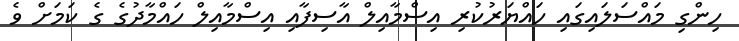
ހިންގި މައްސަލައިގައި ހައްޔަރުކުރި އިސްމާއިލް އާސިފާއި އިސްމާއިލް ހައްމާދުގެ ގެ ކަމަށް ވެ